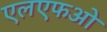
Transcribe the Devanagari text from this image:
एलएफओ